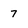
Character: 7